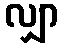
လျှာ